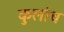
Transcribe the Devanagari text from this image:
कुलोच